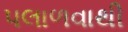
પલાળવાથી